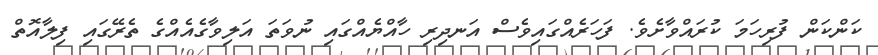
ކަންކަން ފުރިހަމަ ކުރައްވާށެވެ. ފަހަރެއްގައިވެސް އަނދިރި ހާއްޔެއްގައި ނުވަތަ އަލިވާގެއެއްގެ ތެރޭގައި ފިލާއޮތް